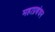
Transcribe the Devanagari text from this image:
महाप्रबंधन